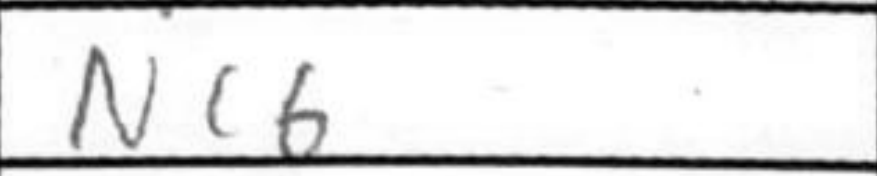
Transcription: Nc6